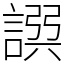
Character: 𧩿